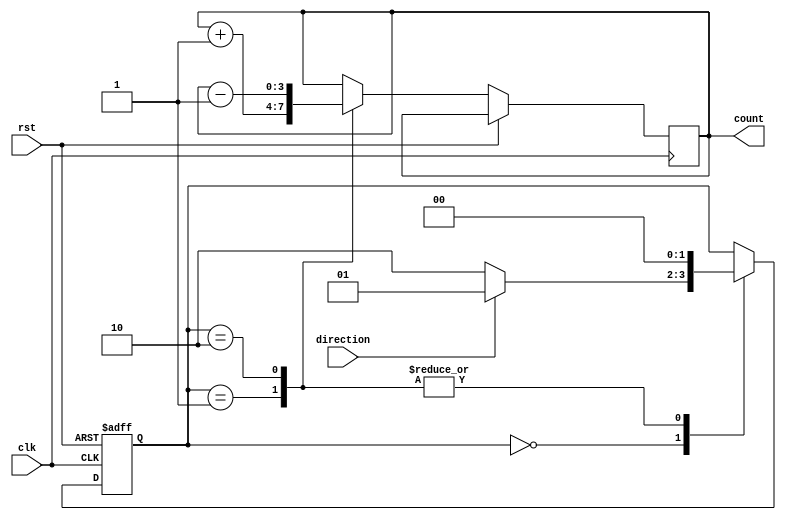
module Counter (
    input wire clk,
    input wire rst,
    input wire direction,
    output reg [3:0] count
);

// define states for the state machine
parameter IDLE = 2'b00;
parameter INC = 2'b01;
parameter DEC = 2'b10;

reg [1:0] state;

always @ (posedge clk or posedge rst)
begin
    if (rst)
        state <= IDLE;
    else
    begin
        case (state)
            IDLE: begin
                if (direction) // count up
                    state <= INC;
                else // count down
                    state <= DEC;
            end
            INC: begin
                count <= count + 1;
                state <= IDLE;
            end
            DEC: begin
                count <= count - 1;
                state <= IDLE;
            end
        endcase
    end
end

endmodule